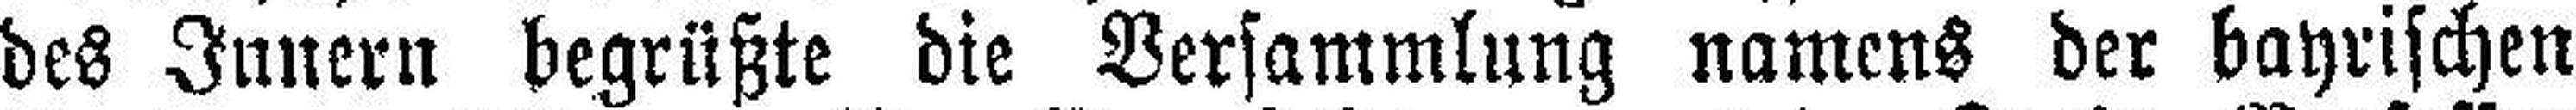
des Innern begrüßte die Versammlung namens der bayrischen